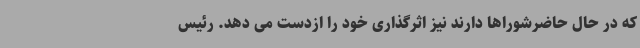
که در حال حاضرشوراها دارند نیز اثرگذاری خود را ازدست می دهد. رئیس